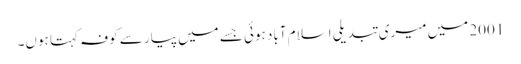
2001 میں میری تبدیلی اسلام آباد ہوئی جسے میں پیار سے کوفہ کہتا ہوں۔